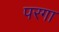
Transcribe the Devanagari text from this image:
परगा